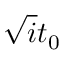
\sqrt { i } t _ { 0 }